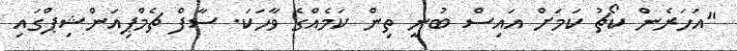
"އަހަރެން ކޯޗު ކަމަށް އައިސް ބުނީ ތިން ކަމެއްގެ ވާހަކަ. ސާފް ޗެމްޕިއަންޝިޕްގައި